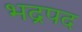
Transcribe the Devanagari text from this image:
भद्रपद